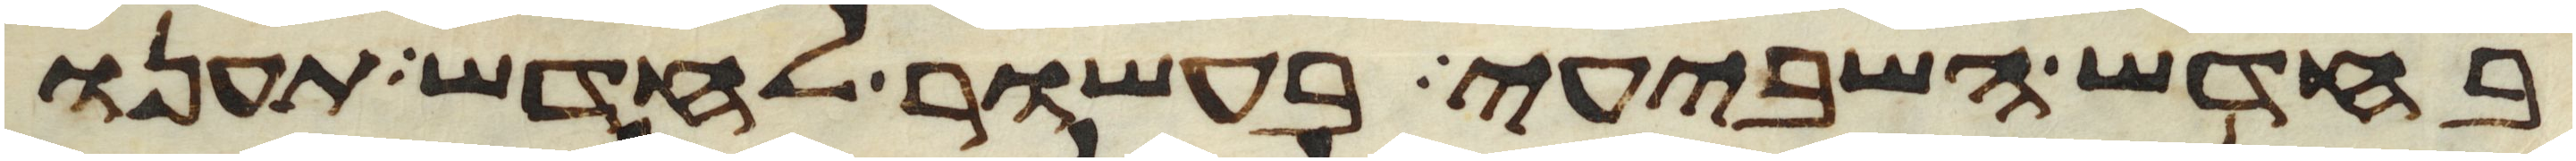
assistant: בחדש השביעי בעשור לחדש תענו